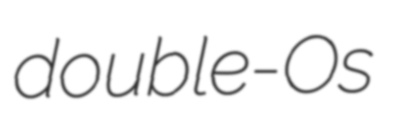
double-Os